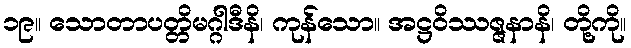
၁၉။ သောတာပတ္တိမဂ္ဂါဒီနိ၊ ကုန်သော။ အဋ္ဌဝိဿဇ္ဇနာနိ၊ တို့ကို။